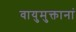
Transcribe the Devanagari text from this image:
वायुमुक्तानां